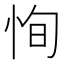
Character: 恂